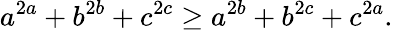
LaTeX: a^{2a}+b^{2b}+c^{2c}\geq a^{2b}+b^{2c}+c^{2a}.